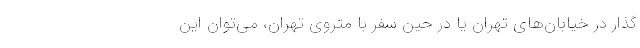
گذار در خیابان‌های تهران یا در حین سفر با متروی تهران، می‌توان این